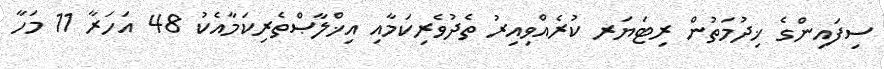
ސިފައިންގެ ޚިދުމަތުން ރިޓަޔަރ ކުރެއްވިއިރު ތެދުވެރިކަމާއި އިޚްލާޞްތެރިކަމާއެކު 48 އަހަރާ 11 މަހާ